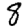
Digit: 8